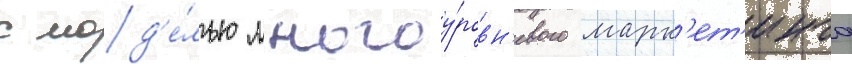
с мод'е́лью многоу́ровн'евого марк'ет'инга